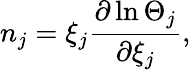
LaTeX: n_{j}=\xi_{j}\frac{\partial\ln\Theta_{j}}{\partial{{\xi}_{j}}},